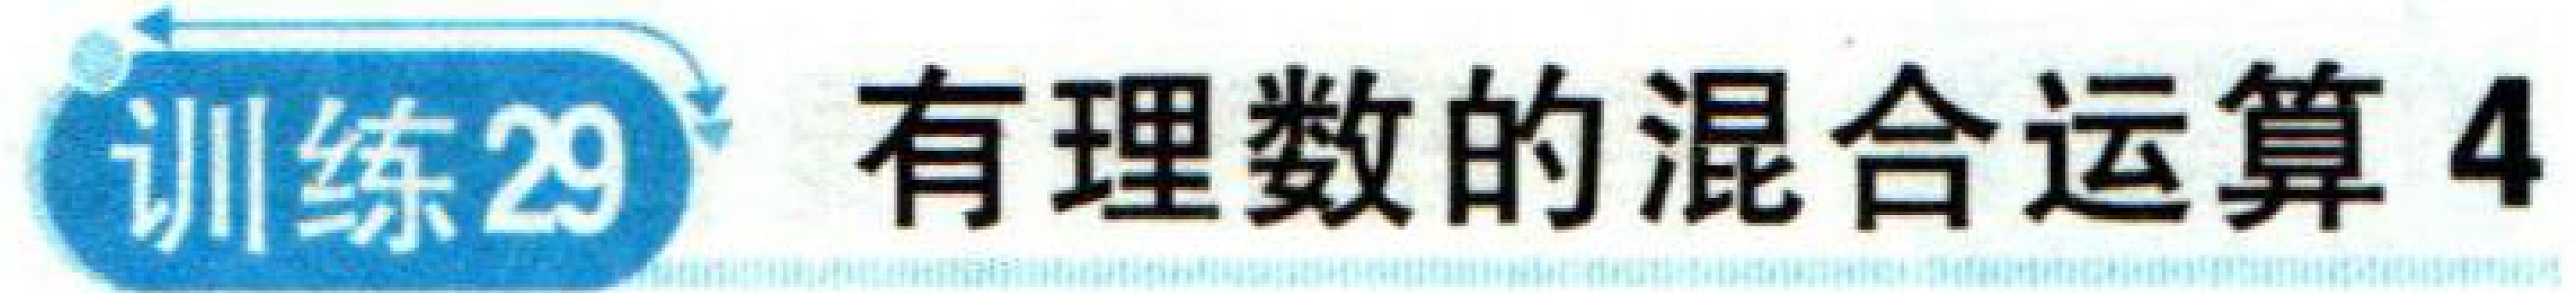
训练29 有理数的混合运算4